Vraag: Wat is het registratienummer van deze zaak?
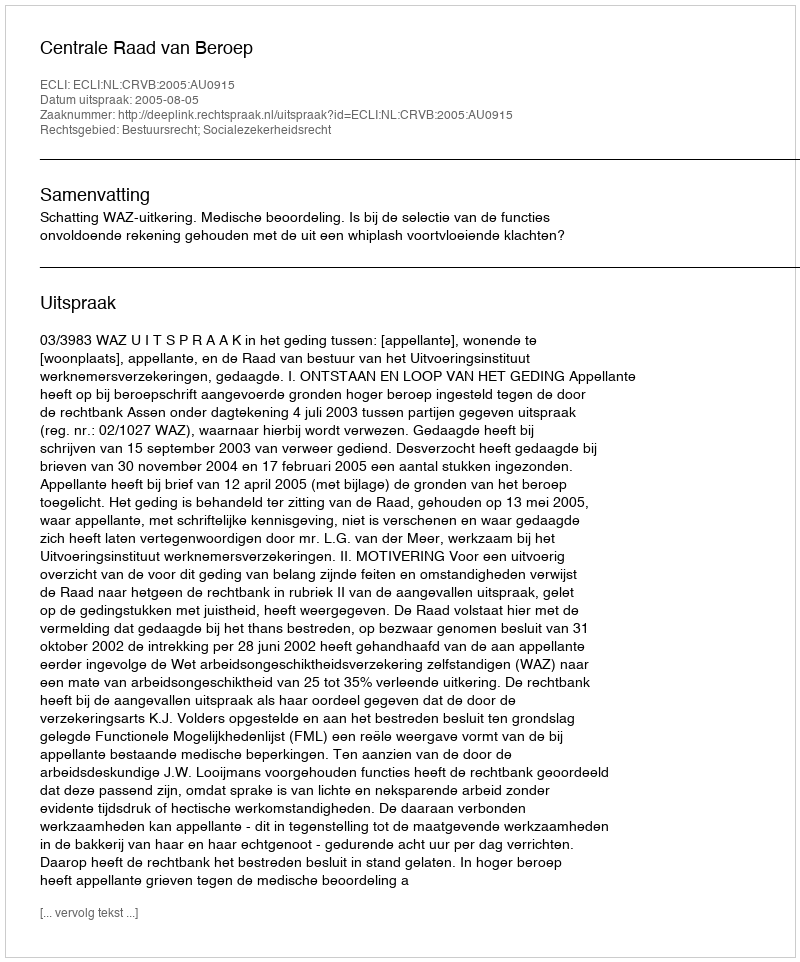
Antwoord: http://deeplink.rechtspraak.nl/uitspraak?id=ECLI:NL:CRVB:2005:AU0915